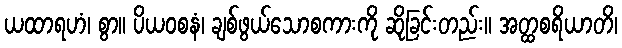
ယထာရဟံ၊ စွာ။ ပိယဝစနံ၊ ချစ်ဖွယ်သောစကားကို ဆိုခြင်းတည်း။ အတ္ထစရိယာတိ၊